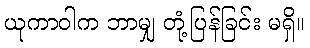
ယုကာဝါက ဘာမျှ တုံ့ပြန်ခြင်း မရှိ။